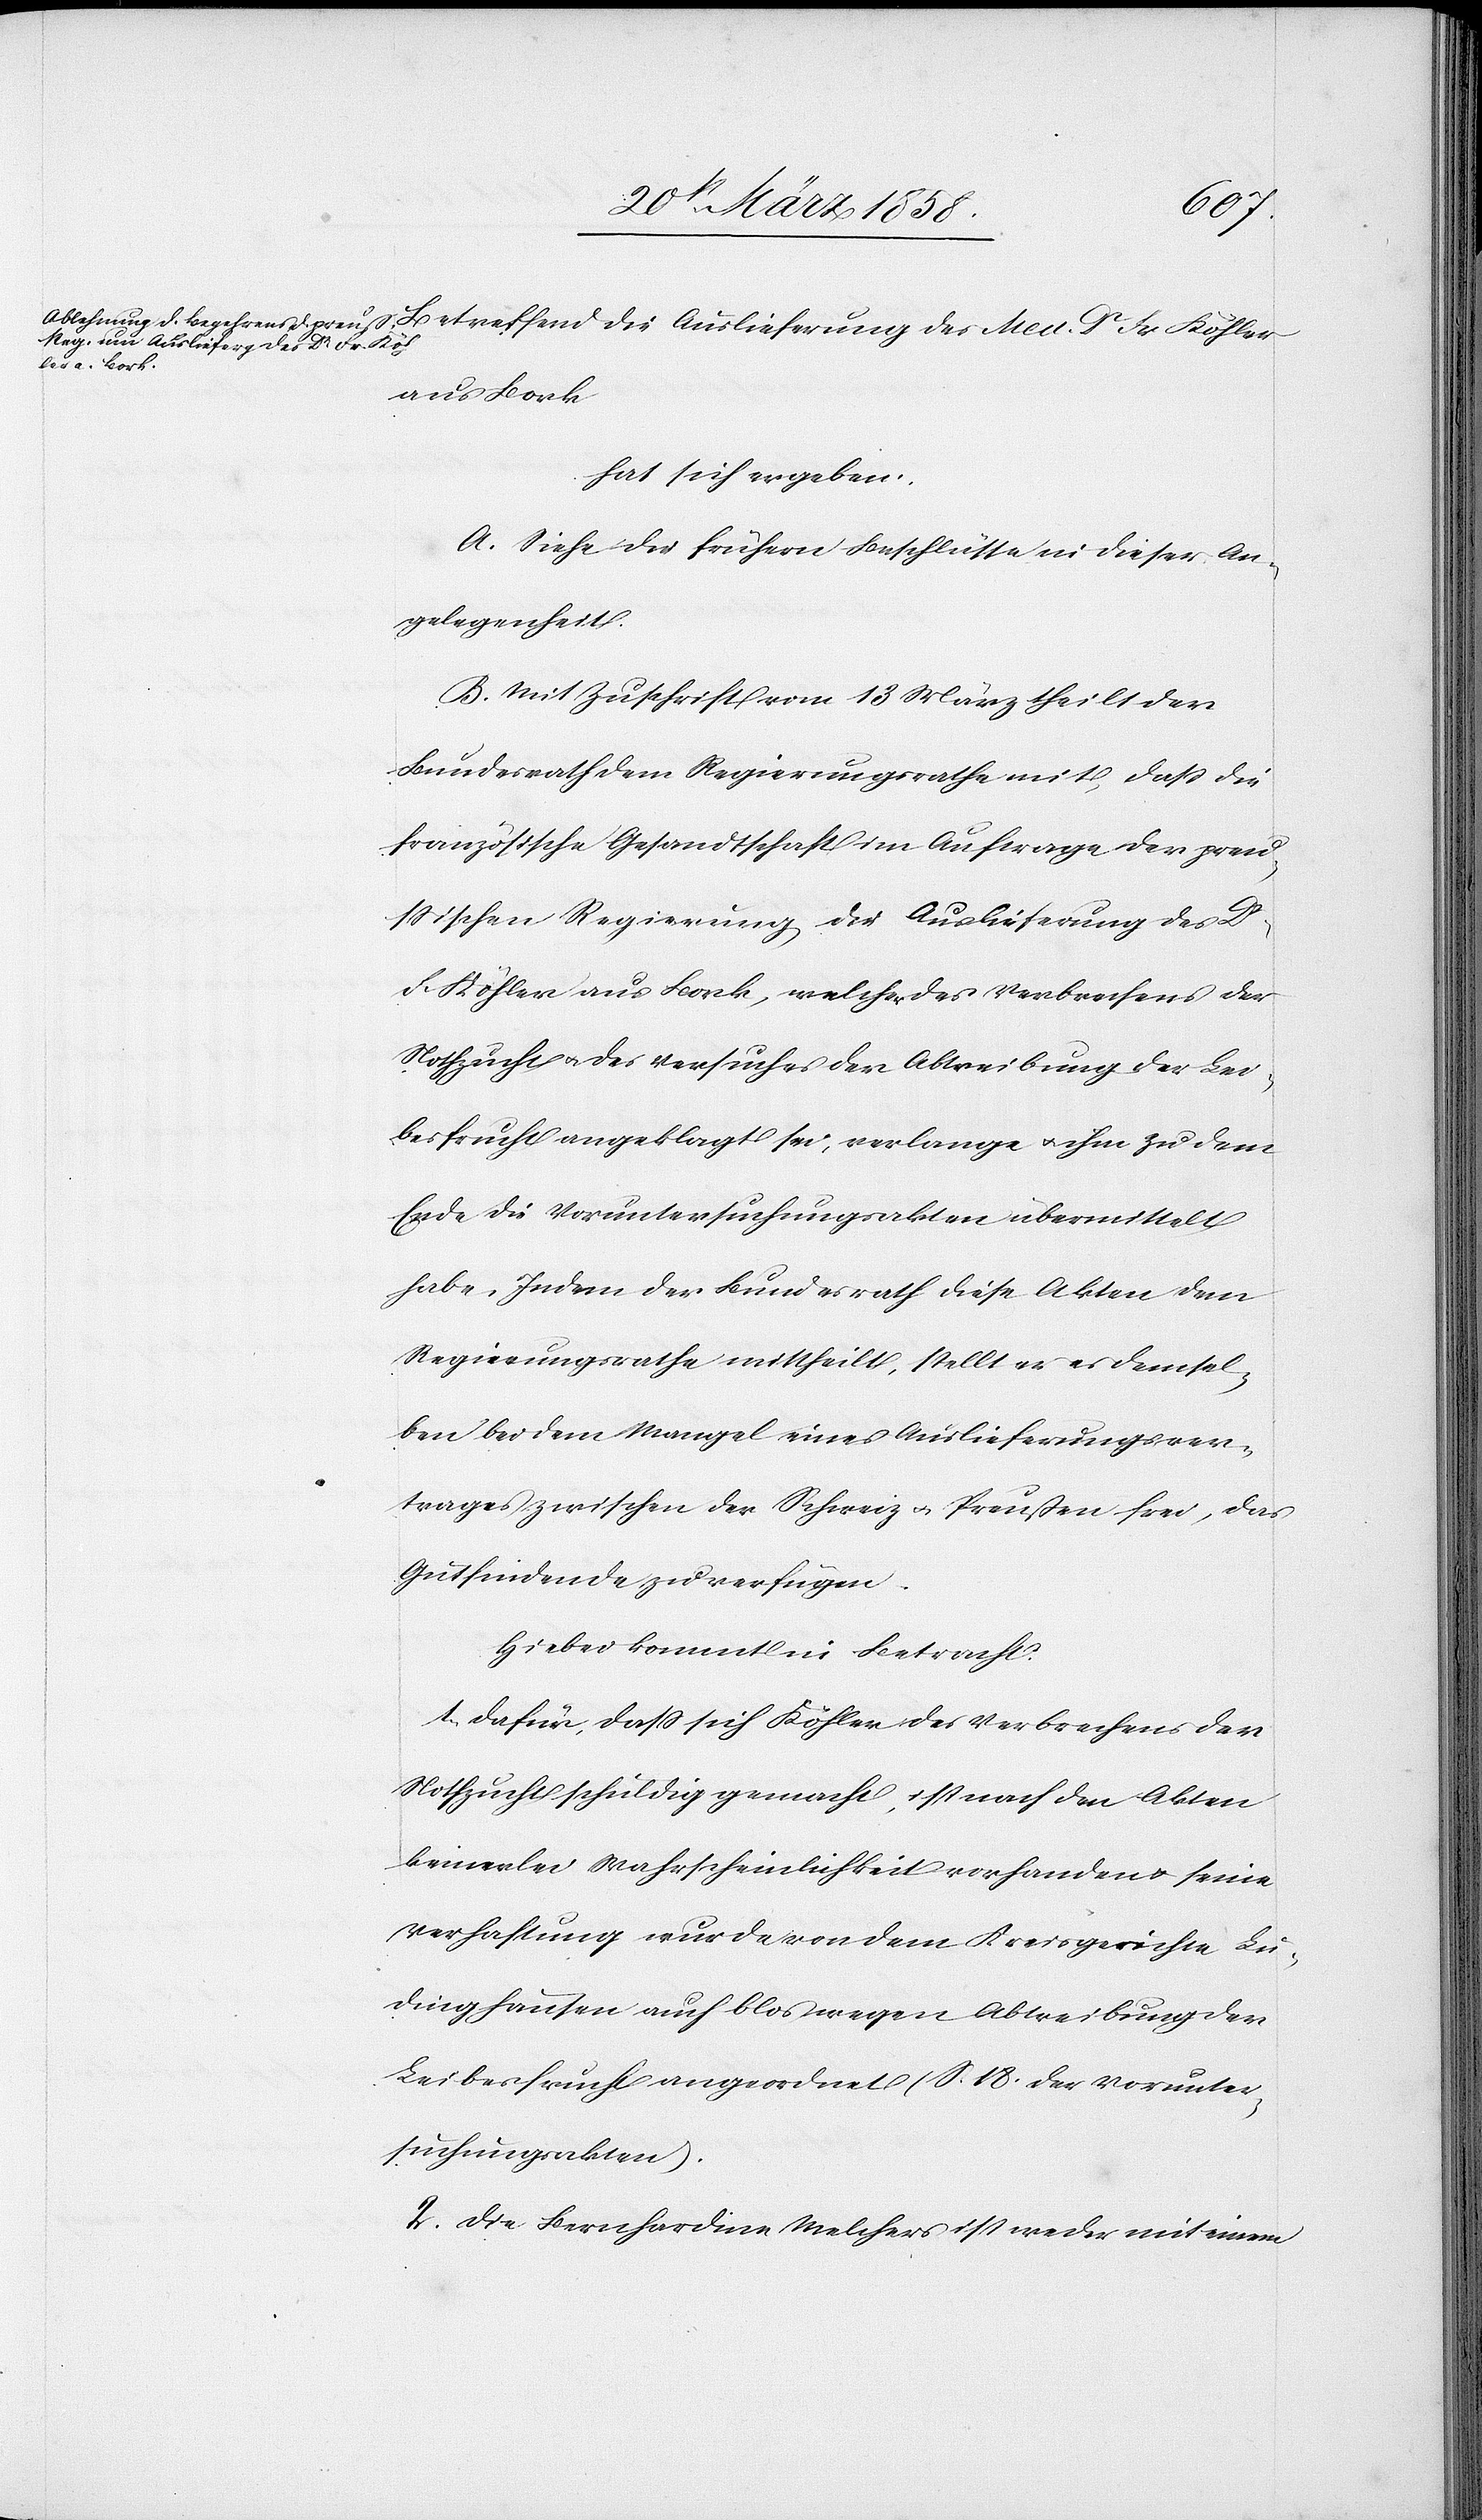
Betref¬
fend die Auslieferung des Med. Dr Fr.
aus Bork,
hat sich ergeben:
A. Siehe die frühern Beschlüsse in dieser An¬
gelegenheit.
B. Mit Zuschrift vom 13. März theilt der
Bundesrath dem Regierungsrathe mit, daß die
französische Gesandtschaft im Auftrage der preu¬
ssischen Regierung die Auslieferung des Dr
Fr Köhler aus Bork, welcher des Verbrechens der
Nothzucht u. des Versuches der Abtreibung der Lei¬
besfrucht angeklagt sei, verlange u. ihm zu dem
Ende die Voruntersuchungsakten übermittelt
habe. Indem der Bundesrath diese Akten dem
Regierungsrathe mittheilt, stellt er es demsel¬
ben bei dem Mangel eines Auslieferungsver¬
trages zwischen der Schweiz u. Preußen frei, das
Gutfindende zu verfügen.
Hiebei kommt in Betracht:
1. Dafür, dass sich Köhler des Verbrechens der
Nothzucht schuldig gemacht, ist nach den Akten
keinerlei Wahrscheinlichkeit vorhanden u. seine
Verhaftung nur da von dem Kreisgerichte Lu¬
dinghausen auch blos wegen Abtreibung der
Leibesfrucht angeordnet (S. 18. der Vorunter¬
suchungsakten).
2. Die Bernhardine Melchers ist weder mit einem